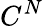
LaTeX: C^{N}